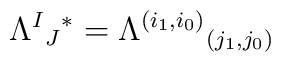
\Lambda^I{}_J{}^*=\Lambda^{(i_1,i_0)}{}_{(j_1,j_0)}